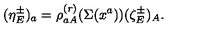
( \eta _ { E } ^ { \pm } ) _ { a } = \rho _ { a A } ^ { ( r ) } ( \Sigma ( x ^ { a } ) ) ( \zeta _ { E } ^ { \pm } ) _ { A } .